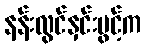
နန်းလွင်နှင်းပွင့်က